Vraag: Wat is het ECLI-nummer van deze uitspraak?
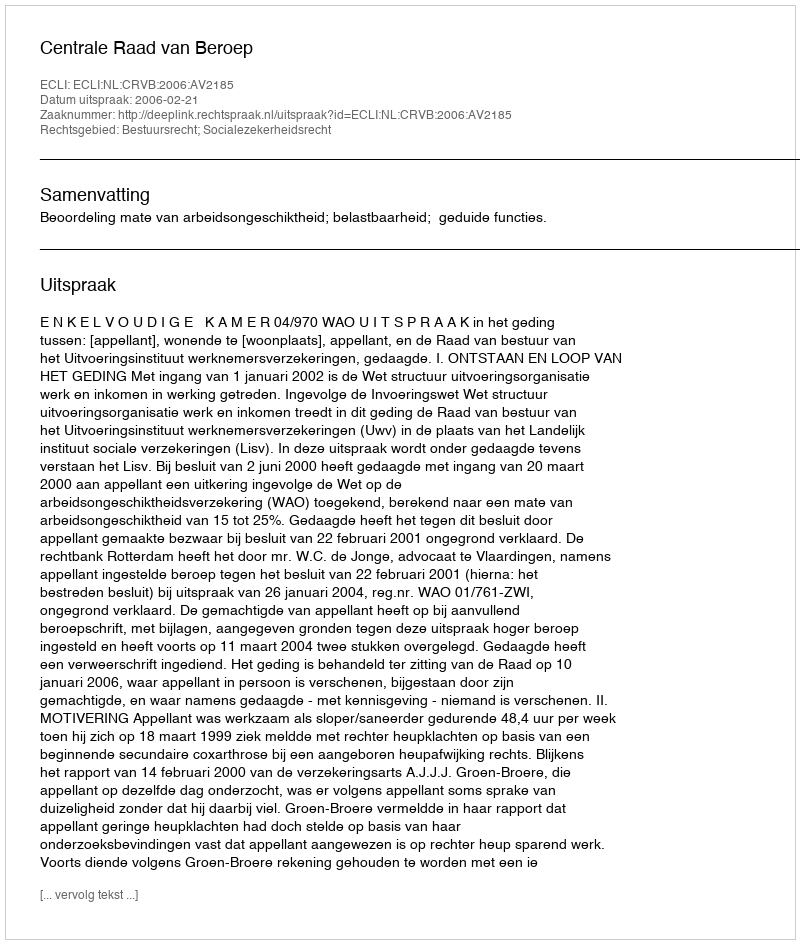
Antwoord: ECLI:NL:CRVB:2006:AV2185